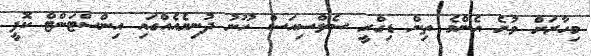
މިހާރަށް ވުރެ އެންމެ ތިން ޑިގްރީ ސެލްސިއަސް ހޫނު ދުނިޔެއެއްގައި އިންސްޓަންޓް ކޮފީ